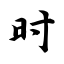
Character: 时